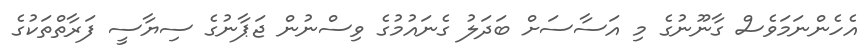
އެހެންނަމަވެސް ގާނޫނުގެ މި އަސާސަށް ބަދަލު ގެނައުމުގެ ވިސްނުން ޖަޕާނުގެ ސިޔާސީ ފަރާތްތަކުގެ